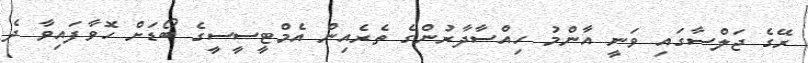
ރޭގެ ޖަލްސާގައި ވަނީ އާންމު ހިއްސާދާރުންގެ ތެރެއިން އެމްޓީސީސީގެ ބޯޑަށް ހޮވާފައިވާ ދެ